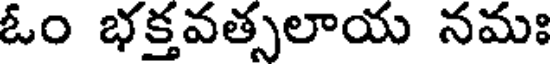
ఓం భక్తవత్సలాయ నమః